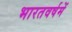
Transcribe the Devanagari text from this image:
भारतवर्षमें